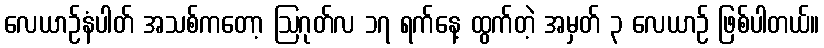
လေယာဉ်နံပါတ် အသစ်ကတော့ ဩဂုတ်လ ၁၇ ရက်နေ့ ထွက်တဲ့ အမှတ် ၃ လေယာဉ် ဖြစ်ပါတယ်။